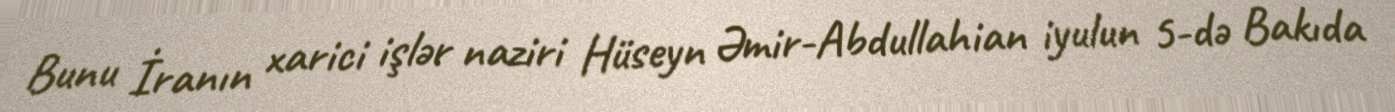
Bunu İranın xarici işlər naziri Hüseyn Əmir-Abdullahian iyulun 5-də Bakıda